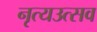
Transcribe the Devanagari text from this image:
नृत्यउत्सव